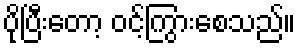
ပိုပြီးတော့ ဝင့်ကြွားစေသည်။